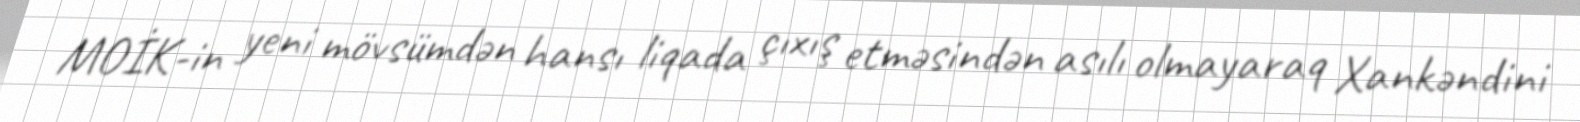
MOİK-in yeni mövsümdən hansı liqada çıxış etməsindən asılı olmayaraq Xankəndini